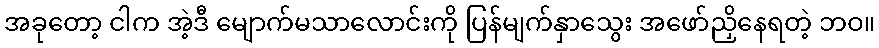
အခုတော့ ငါက အဲ့ဒီ မျောက်မသာလောင်းကို ပြန်မျက်နှာသွေး အဖော်ညှိနေရတဲ့ ဘဝ။